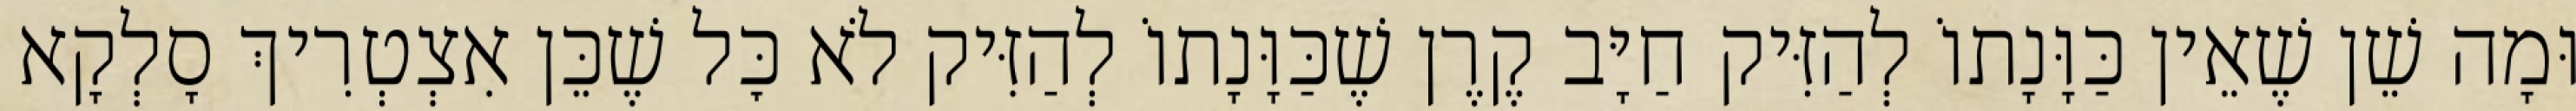
וּמָה שֵׁן שֶׁאֵין כַּוָּנָתוֹ לְהַזִּיק חַיָּב קֶרֶן שֶׁכַּוָּנָתוֹ לְהַזִּיק לֹא כׇּל שֶׁכֵּן אִצְטְרִיךְ סָלְקָא